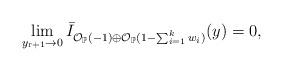
LaTeX: \begin{align*}\lim_{y_{\mathrm{r}+1}\rightarrow 0} \bar I_{\mathcal O_{\mathbb P}(-1)\oplus \mathcal O_{\mathbb P}(1-\sum_{i=1}^k w_i)}( y)=0,\end{align*}